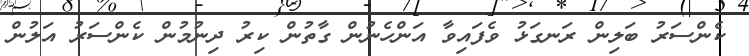
ކެންސަރު ބަލިން ރަނގަޅު ވެފައިވާ އަންހެނުން ގާތުން ކިރު ދިނުމުން ކެންސަރު އަލުން